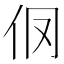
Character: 𰁥